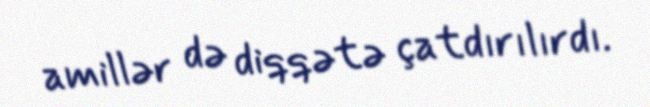
amillər də diqqətə çatdırılırdı.